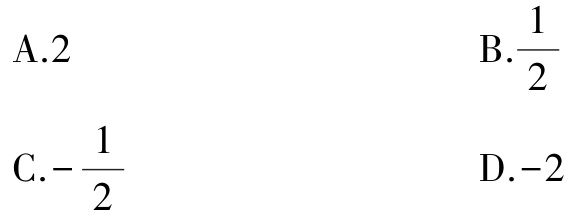
A.2
B.$\frac{1}{2}$
C.$-\frac{1}{2}$
D.$-2$